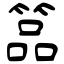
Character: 𥰔